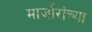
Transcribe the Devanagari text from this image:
मार्जारांच्या